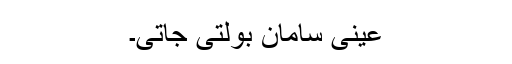
عینی سامان بولتی جاتی۔